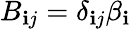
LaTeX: B_{\mathbf{i}j}=\delta_{\mathbf{i}j}\beta_{\mathbf{i}}